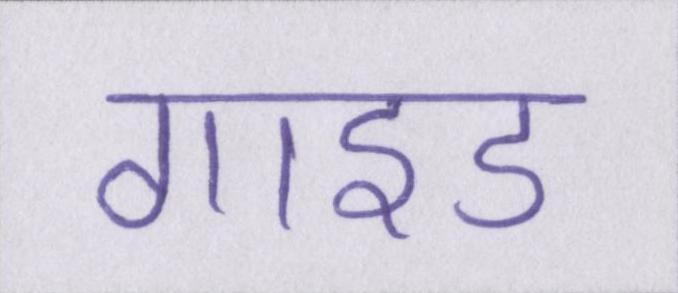
गाइड